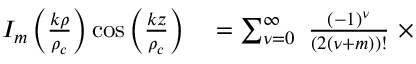
\begin{array} { r l } { I _ { m } \left( \frac { k \rho } { \rho _ { c } } \right) \cos \left( \frac { k z } { \rho _ { c } } \right) } & { { } = \sum _ { { \nu } = 0 } ^ { \infty } \ \frac { ( - 1 ) ^ { { \nu } } } { ( 2 ( { \nu } + m ) ) ! } \ \times } \end{array}